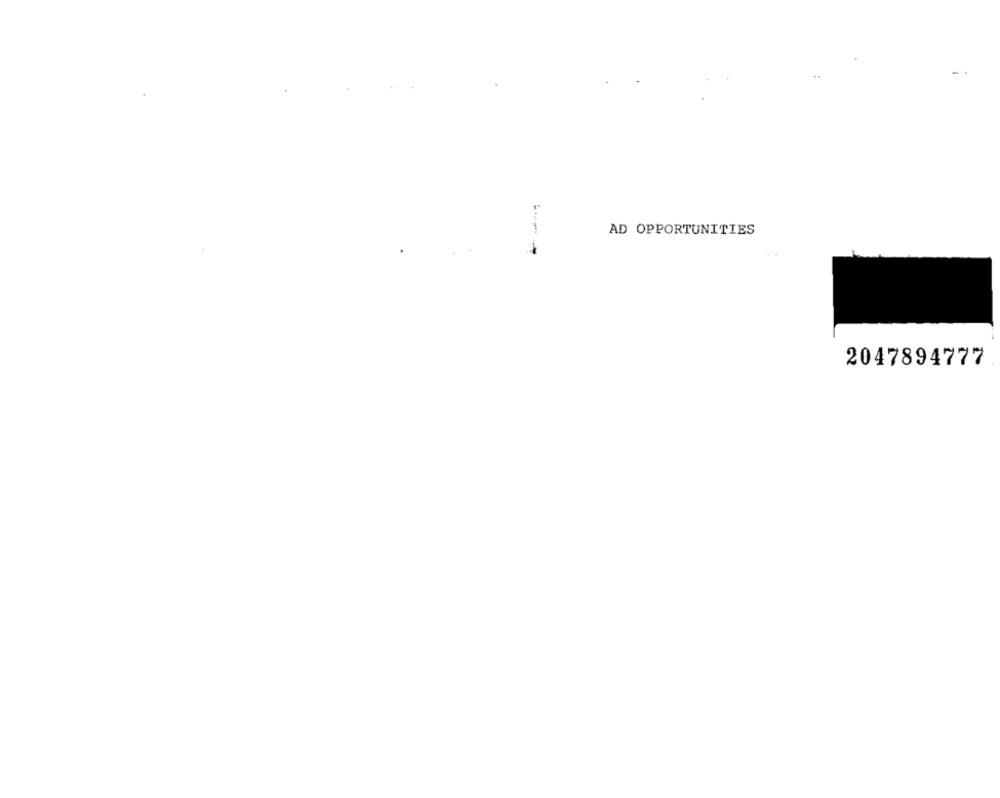
AD OPPORTUNITIES
2047894777